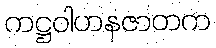
ကဋ္ဌဝါဟနဇာတက